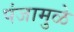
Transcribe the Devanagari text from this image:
पंजामुळे